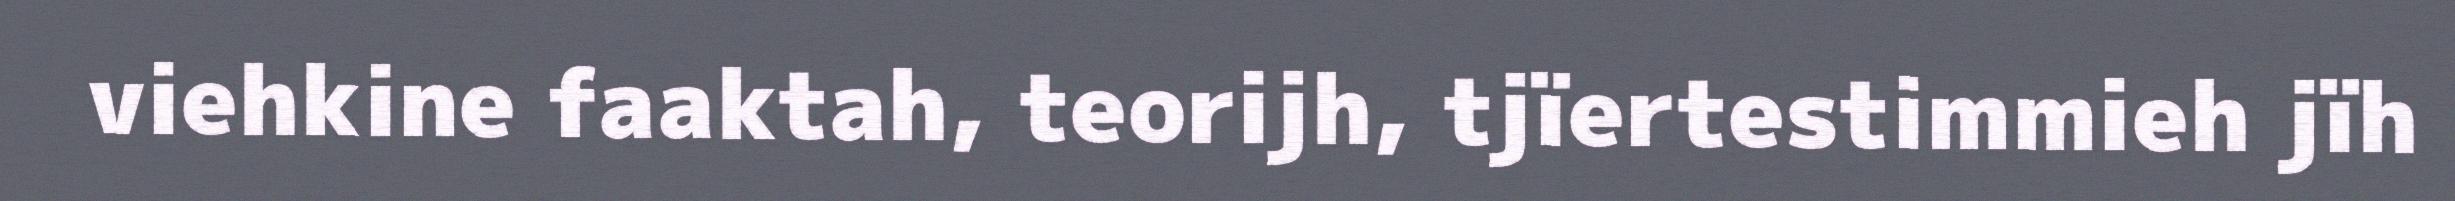
viehkine faaktah, teorijh, tjïertestimmieh jïh